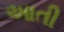
આતી